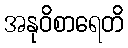
အနုဝိစာရေတိ